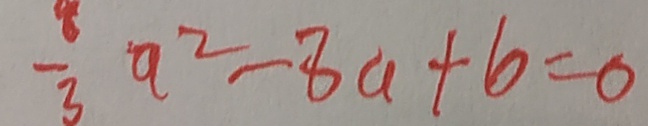
- \frac { 8 } { 3 } a ^ { 2 } - 8 a + 6 = 0